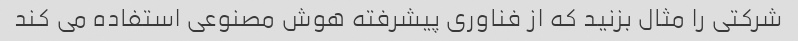
شرکتی را مثال بزنید که از فناوری پیشرفته هوش مصنوعی استفاده می کند